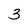
Character: 3